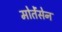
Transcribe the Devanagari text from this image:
मोर्तेंसेन